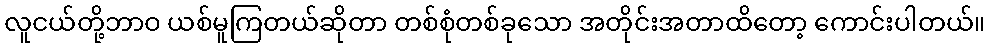
လူငယ်တို့ဘာဝ ယစ်မူကြတယ်ဆိုတာ တစ်စုံတစ်ခုသော အတိုင်းအတာထိတော့ ကောင်းပါတယ်။